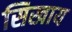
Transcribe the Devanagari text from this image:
सिखाय